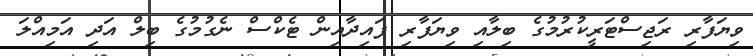
ވިޔަފާރި ރަޖިސްޓަރީކުރުމުގެ ބިލާއި ވިޔަފާރި ފައިދާއިން ޓެކްސް ނެގުމުގެ ބިލް އަދި އަމިއްލަ